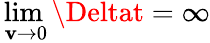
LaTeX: \operatorname*{lim}_{\, \mathbf{v}\to0}\Deltat=\infty